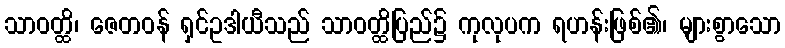
သာဝတ္ထိ၊ ဇေတဝန် ရှင်ဥဒါယီသည် သာဝတ္ထိပြည်၌ ကုလုပက ရဟန်းဖြစ်၏၊ များစွာသော